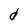
Character: d